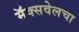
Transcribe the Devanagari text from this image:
मॅक्सवेलचा